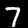
Label: 7